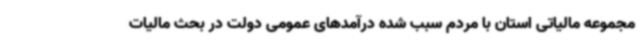
مجموعه مالیاتی استان با مردم سبب شده درآمدهای عمومی دولت در بحث مالیات